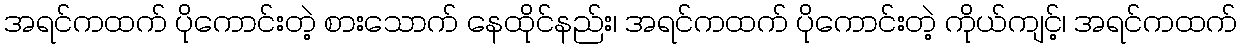
အရင်ကထက် ပိုကောင်းတဲ့ စားသောက် နေထိုင်နည်း၊ အရင်ကထက် ပိုကောင်းတဲ့ ကိုယ်ကျင့်၊ အရင်ကထက်